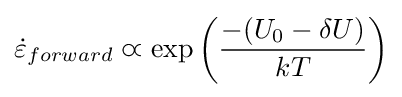
{\dot {\varepsilon }}_{forward}\varpropto \exp \left({\frac {-(U_{0}-\delta U)}{kT}}\right)